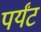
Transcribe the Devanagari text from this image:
पर्यंट